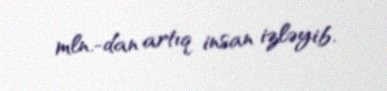
mln.-dan artıq insan izləyib.